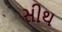
સીથ